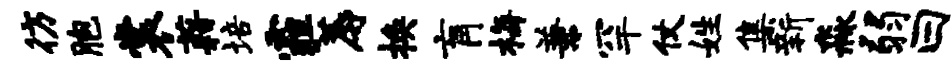
彷胞裳藉培霾蓐换肓梅兼罕仗姓集新淼弱曰